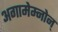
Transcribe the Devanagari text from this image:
अगामेम्नोन्